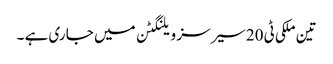
تین ملکی ٹی 20سیرسز ویلنگٹن میں جا ری ہے ۔